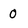
Character: 0